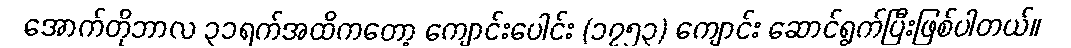
အောက်တိုဘာလ ၃၁ရက်အထိကတော့ ကျောင်းပေါင်း (၁၇၅၃) ကျောင်း ဆောင်ရွက်ပြီးဖြစ်ပါတယ်။